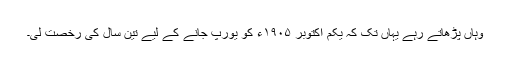
وہاں پڑھاتے رہے یہاں تک کہ یکم اکتوبر ١٩٠۵ء کو یورپ جانے کے لیے تین سال کی رخصت لی۔